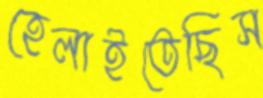
হেলাইতেছিস